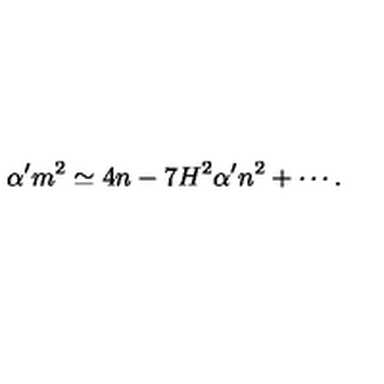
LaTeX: \alpha ^ { \prime } m ^ { 2 } \simeq 4 n - 7 H ^ { 2 } \alpha ^ { \prime } n ^ { 2 } + \cdots .